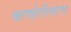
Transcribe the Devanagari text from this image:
कण्हेरीलाच